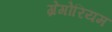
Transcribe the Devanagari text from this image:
ग्रेगोरियम